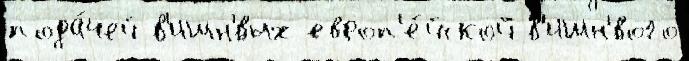
пода́чей в'ишн'́вых европ'е́йской в'ишн'́вого